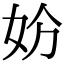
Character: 𡛐